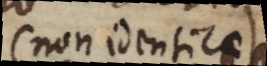
(non identicae)